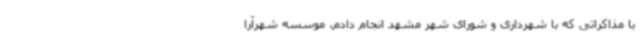
با مذاکراتی که با شهرداری و شورای شهر مشهد انجام دادم، موسسه شهرآرا